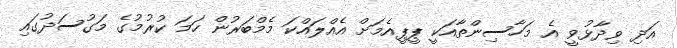
އަދި ވިދާޅުވީ އެ މަހާސިންތާއަކީ ޕީޕީއެމަށް އެއްލައްކަ މެމްބަރުން ހަމަ ކުރުމުގެ މަގުސަދުގައި